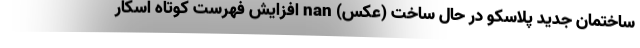
ساختمان جدید پلاسکو در حال ساخت (عکس) nan افزایش فهرست کوتاه اسکار